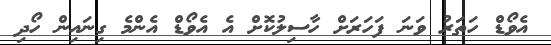
އެވޯޑް ހަތަރު ވަނަ ފަހަރަށް ހާސިލުކޮށް އެ އެވޯޑް އެންމެ ގިނައިން ހޯދި